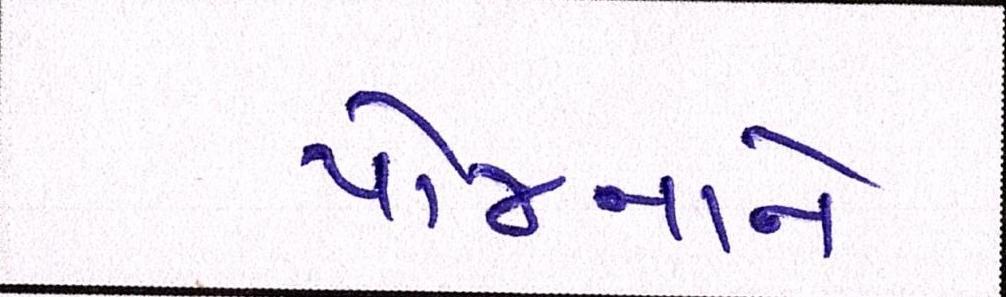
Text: યોજનાને